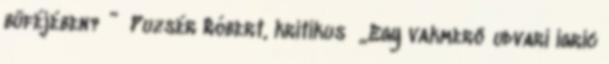
büféjében? ” Puzsér Róbert, kritikus „Egy vakmerő udvari igric